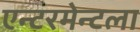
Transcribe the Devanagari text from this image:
एन्टरमेन्टला